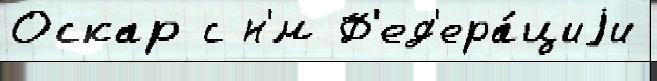
Оскар с н'́м Ф'ед'ера́циjи